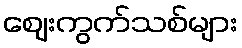
ဈေးကွက်သစ်များ